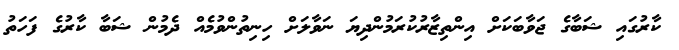
ކާރުގައި ޝަބާގެ ޖަވާބަކަށް އިންތިޒާރުކުރަމުންދިޔަ ނަވާލަށް ހިނިތުންވުމެއް ދެމުން ޝަބާ ކާރުގެ ފަހަތު